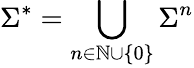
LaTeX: \Sigma^{*}=\bigcup_{n\in\mathbb{N}\cup\{ 0\} }\Sigma^{n}